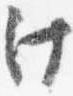
汁